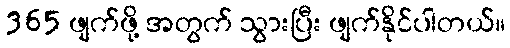
365 ဖျက်ဖို့ အတွက် သွားပြီး ဖျက်နိုင်ပါတယ်။